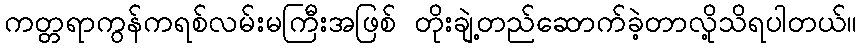
ကတ္တရာကွန်ကရစ်လမ်းမကြီးအဖြစ် တိုးချဲ့တည်ဆောက်ခဲ့တာလို့သိရပါတယ်။